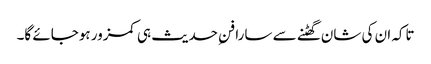
تاکہ ان کی شان گھٹنے سے سارا فنِ حدیث ہی کمزور ہوجائے گا۔